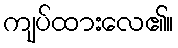
ကျပ်ထားလေ၏။